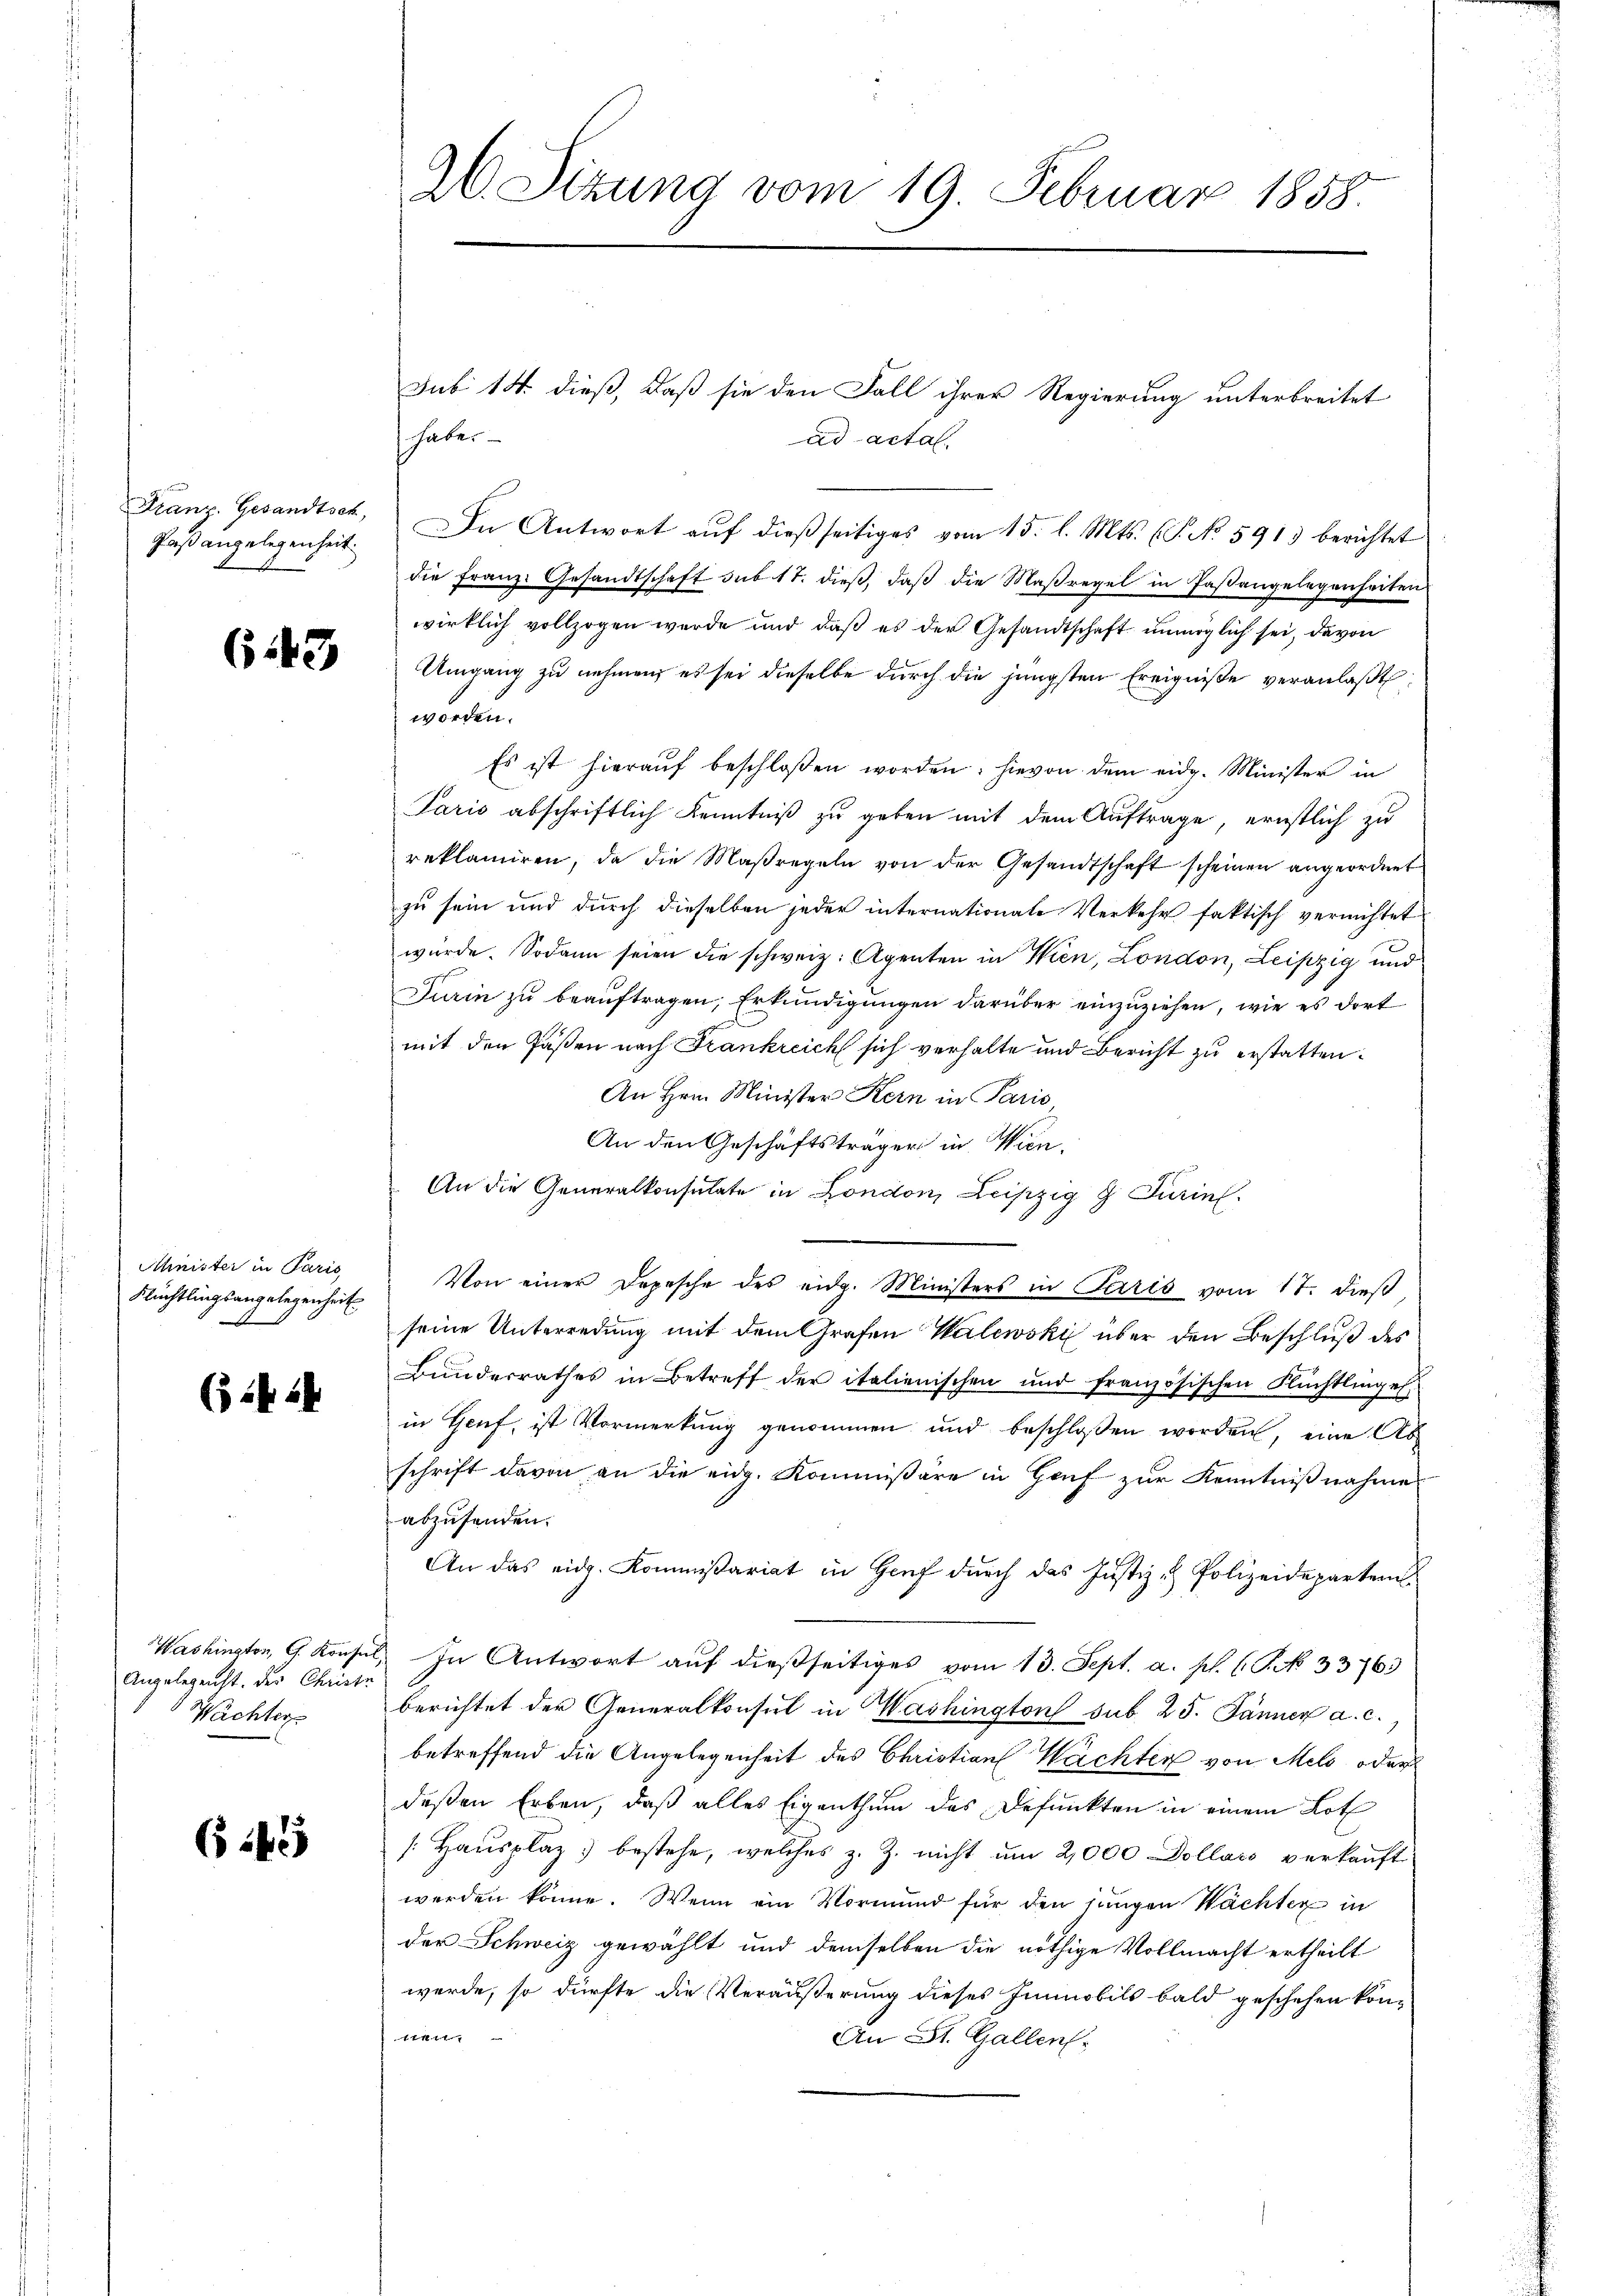
Faßangelegenheit.

(143

Minister in Paris
Flüchtlingsangelegenheit
e

(1414

Angelegenst. Der Christe
Wachter

643

26. Sizung vom 19. Februar 1858.

habe.
Franz. Gesandtsch. In Antwort auf dießseitiges vom 15. l. Mts. (T. No. 591) berichtet
die Franz. Gesandtschaft sub 17. dieβ, daβ die Maßregel in Paßangelegenheiten
wirklich vollzogen werde und daß es der Gesandtschaft unmöglich sei, davon
Umgang zu nehmen, es sei dieselbe durch die jüngsten Ereigniße veranlaßt
worden.
Es ist hierauf beschloßen worden; hievon dem eidg. Minister in
Paris abschriftlich Kenntniß zu geben mit dem Auftrage, ernstlich zu
reklamiren, da die Maßregeln von der Gesandtschaft scheinen angeordnet
zu sein und durch dieselben jeder internationale Verkehr faktisch vernichtet
würde. Sodann seien die schweiz. Agenten in Wien, London, Leipzig und
Turin zŭ beaŭftragen, Erkundigungen darüber einzuziehen, wie es dort
mit den Fasten nach Frankreich sich verhalte und Bericht zu erstatten.
An Hrn. Minister Kern in Paris,
An den Geschäftsträger in Wien,
An die Generalkonsulate in London, Leipzig & Turin
Von einer Depesche des eidg. Ministers in Paris vom 17. dieß
seine Unterredung mit dem Grafen Walewski über den Beschluß des
Bundesrathes in Betreff der italienischen und französischen Flüchtlinges
in Genf, ist Vormerkung genommen und beschloßen worden, eine Ab
schrift davon an die eidg. Kommißäre in Hof zur Kenntnißnahme
abzusenden.
An das eidg. Kommissariat in Genf durch das Justiz - Polizeideparten
Washinator, G. Konsul, In Antwort auf dießseitiges vom 13. Sept. a. p. (S. 33763
berichtet der Generalkonsul in Mashington sub. 25. Jänner a. c.
betreffend die Angelegenheit des Christian Wachter von Melo, oder
deßen Erben, daß alles Eigenthum des Defunkten in einem Loth
/: Haŭsplaz bestehe, welches z. Z. nicht um 2,000 Dollars verkauft
werden könne. Wenn ein Vormund für den jungen Wächter in
der Schweiz gewählt und demselben die nöthige Vollmacht ertheilt
werde, so dürfte die Veräußerung dieses Immobils bald geschehen kön¬
1111
An St. Gallen.

ad acta.

Sub 14. dieß, daß sie den Fall ihrer Regierung unterbreitet